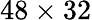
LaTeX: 48\times 32